Report on vaccination in Madras 1904-1921 - 1904-1921
Year: 1904
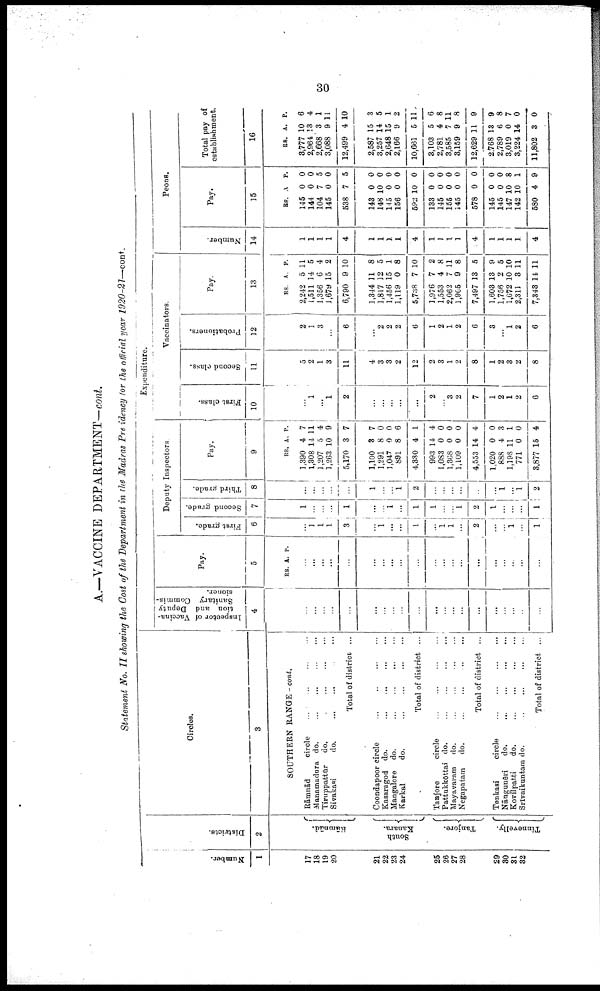
30
A.—VACCINE DEPARTMENT—cont.
Statement No. II showing the Cost of the Department in the Madras Precidency for the official year 1920-21—cont.
Number.
1
17
18
19
20
21
22
23
24
25
26
27
28
29
30
31
32
Districts.
2
Rāmnād.
South
Kanara.
Tanjore.
Tinnevelly.
Circles.
3
SOUTHERN RANGE—cont.
Rāmnād
circle ... ... ... ...
Manamadura do.
...
...
...
...
Tiruppattūr
do.
...
...
...
...
Sivakasi
do.
...
...
...
...
Total of district ...
Coondapoor circle
...
...
...
...
Kasaragod do. ... ... ... ...
Mangalore do.
...
...
...
...
Karkal
do.
...
...
...
...
Total of district ...
Tanjore
circle
...
...
...
...
Pattukkōttai do.
...
...
...
...
Mayavaram
do. ... ... ... ...
Negapatam
do.
...
...
...
...
Total of district ...
Tenkasi
circle
...
...
...
...
Nāngunēri
do.
...
...
...
...
Kovilpatti
do.
...
...
...
...
Srīvaikuntam do.
...
...
...
...
Total of district ...
Expenditure.
I nspector of Vaccina
tion and Deputy
Sanitary Commis-
sioner.
4
...
...
...
...
...
...
...
...
...
...
...
...
...
...
...
...
...
...
...
...
Pay.
5
RS. A. P.
...
...
...
...
...
...
...
...
...
...
...
...
...
...
...
...
...
...
...
...
Deputy Inspectors
First grade.
6
...
1
1
1
3
...
1
...
...
1
...
1
1
...
2
...
...
1
...
1
Second grade.
7
1
...
...
...
1
...
...
1
...
1
1
...
...
1
2
1
...
...
...
1
Third grade.
8
...
...
...
...
...
1
...
...
1
2
...
...
...
...
...
...
1
...
1
2
Pay.
9
RS
1,390
1,308
1,207
1,263
5,170
1,100
1,291
1,047
891
4,330
993
1,083
1,368
1,109
4,553
1,020
888
1,198
771
3,877
A.
4
14
5
10
3
3
8
0
8
4
14
0
0
0
14
0
4
11
0
15
P.
7
11
4
9
7
7
0
0
6
1
4
0
0
0
4
0
3
1
0
4
Vaccinators.
First class.
10
...
1
...
1
2
...
...
...
...
...
2
...
3
2
7
1
2
1
2
0
Second class.
11
5
2
1
3
11
4
3
3
2
12
2
3
1
2
8
1
2
3
2
8
Probationers.
12
2
1
3
...
6
...
2
2
2
6
1
2
1
2
6
3
...
1
2
6
Pay.
13
RS.
2,242
1,511
1,356
1,679
6,790
1,344
1,817
1,456
1,119
5,738
1,976
1,553
2,062
1,905
7,497
1,603
1,756
1,672
2,311
7,343
A.
5
14
6
15
9
11
12
15
0
7
7
4
7
9
13
13
2
10
3
14
P.
11
5
4
2
10
8
5
1
8
10
2
8
11
8
5
9
5
10
11
11
Peons.
Number.
14
1
1
1
1
4
1
1
1
1
4
1
1
1
1
4
1
1
1
1
4
Pay.
15
RS.
145
144
104
145
538
143
148
145
156
592
133
145
155
145
578
145
145
147
142
580
A
0
0
7
0
7
0
10
0
0
10
0
0
0
0
0
0
0
10
10
4
P.
0
0
5
0
5
0
0
0
0
0
0
0
0
0
0
0
0
8
1
9
Total pay of
establishment.
16
RS.
8,777
2,964
2,668
3,088
12,499
2,587
3,257
2,648
2,166
10,661
3,103
2,781
3,585
3,159
12,629
2,768
2,789
3,019
3,224
11,802
A.
10
13
3
9
4
15
14
15
9
5
5
4
7
9
11
13
6
0
14
3
P.
6
4
1
11
10
3
5
1
2
11
6
8
11
8
9
9
8
7
0
0